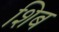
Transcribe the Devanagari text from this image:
शिब